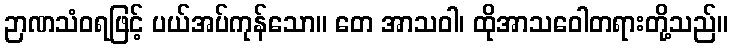
ဉာဏသံဝရဖြင့် ပယ်အပ်ကုန်သော။ တေ အာသဝါ၊ ထိုအာသဝေါတရားတို့သည်။